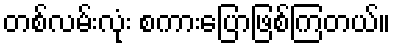
တစ်လမ်းလုံး စကားပြောဖြစ်ကြတယ်။